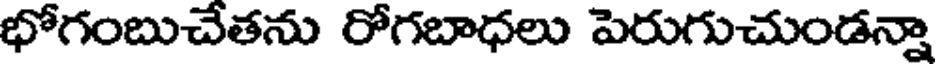
భోగంబుచేతను రోగబాధలు పెరుగుచుండన్నా